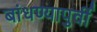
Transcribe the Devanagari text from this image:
बांधण्यापुर्वी